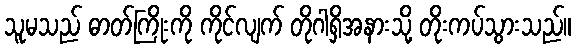
သူမသည် ဓာတ်ကြိုးကို ကိုင်လျက် တိုဂါရှိအနားသို့ တိုးကပ်သွားသည်။